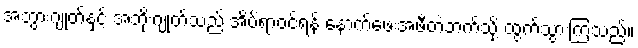
အဘွားဂျုတ်နှင့် အဘိုးဂျုတ်သည် အိပ်ရာဝင်ရန် နောက်ဖေးအဖီတဲဘက်သို့ ထွက်သွားကြသည်။